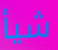
شيأ